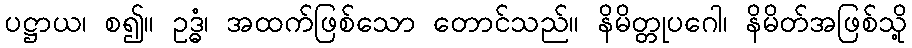
ပဋ္ဌာယ၊ စ၍။ ဥဒ္ဓံ၊ အထက်ဖြစ်သော တောင်သည်။ နိမိတ္တုပဂေါ၊ နိမိတ်အဖြစ်သို့